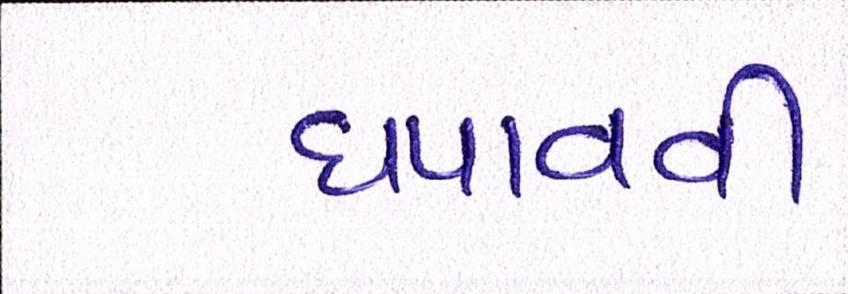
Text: ધપાવવી